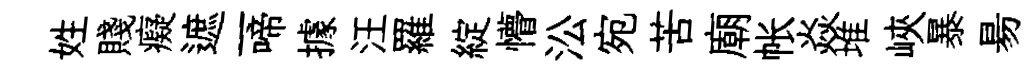
姓賤癡遮一啼據汪羅綻懵㳂宛苦廟帐焱堆峽暴昜